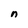
Character: n